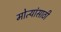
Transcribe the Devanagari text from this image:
मोत्यांसाठी